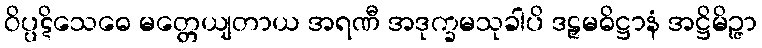
ဝိပ္ပဋိသေဓေ မတ္တေယျတာယ အရဏီ အဒုက္ခမသုခါပိ ဒဠှမဓိဋ္ဌာနံ အဋ္ဌိမိဉ္ဇာ